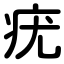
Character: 疣